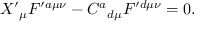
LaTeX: X ^ { \prime } { } _ { \mu } F ^ { \prime a \mu \nu } - C ^ { a } { } _ { d \mu } F ^ { \prime d \mu \nu } = 0 .